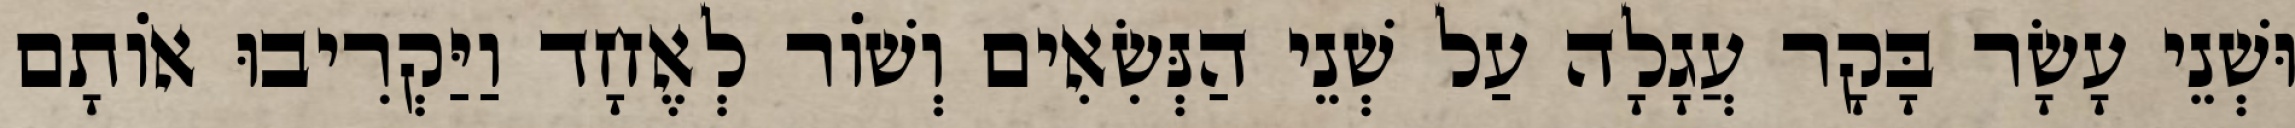
וּשְׁנֵי עָשָׂר בָּקָר עֲגָלָה עַל שְׁנֵי הַנְּשִׂאִים וְשׁוֹר לְאֶחָד וַיַּקְרִיבוּ אוֹתָם